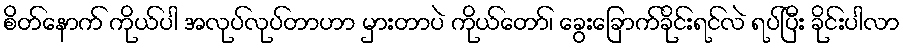
စိတ်နောက် ကိုယ်ပါ အလုပ်လုပ်တာဟာ မှားတာပဲ ကိုယ်တော်၊ ခွေးခြောက်ခိုင်းရင်လဲ ရပ်ပြီး ခိုင်းပါလာ